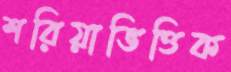
শরিয়াভিত্তিক